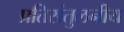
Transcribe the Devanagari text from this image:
प्रतिसंतुलनीय